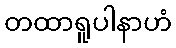
တထာရူပါနာဟံ